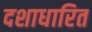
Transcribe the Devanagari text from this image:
दशाधारित